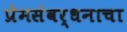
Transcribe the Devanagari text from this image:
प्रेमसंवर्धनाचा